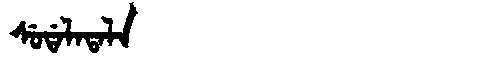
Manchu: ᠰᡠᡩᠠᠯᠠᡨᠠᠯᠠ
Romanization: SUDALATALA